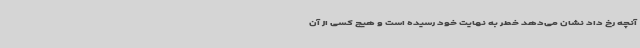
آنچه رخ داد نشان می‌دهد خطر به نهایت خود رسیده است و هیچ کسی از آن